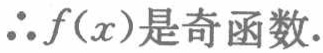
\(\therefore f(x)\text{是奇函数}.\)